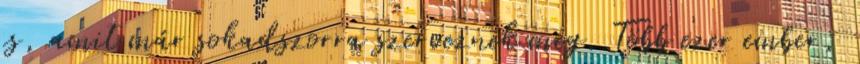
is, amit már sokadszorra szerveznek meg. Több ezer ember,